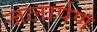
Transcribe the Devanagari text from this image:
जलार्पण